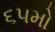
૬૫મો